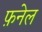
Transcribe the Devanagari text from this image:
फ़नेल